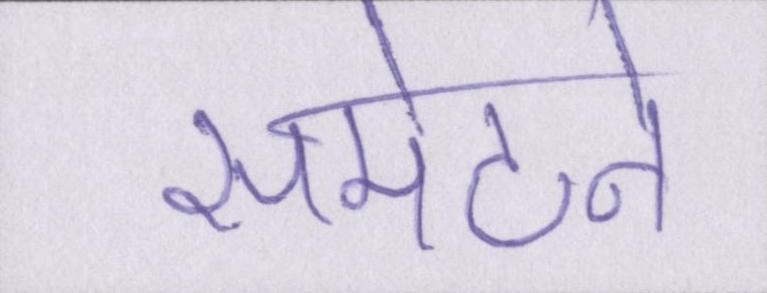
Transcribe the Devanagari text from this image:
समेटने